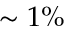
\sim 1 \%